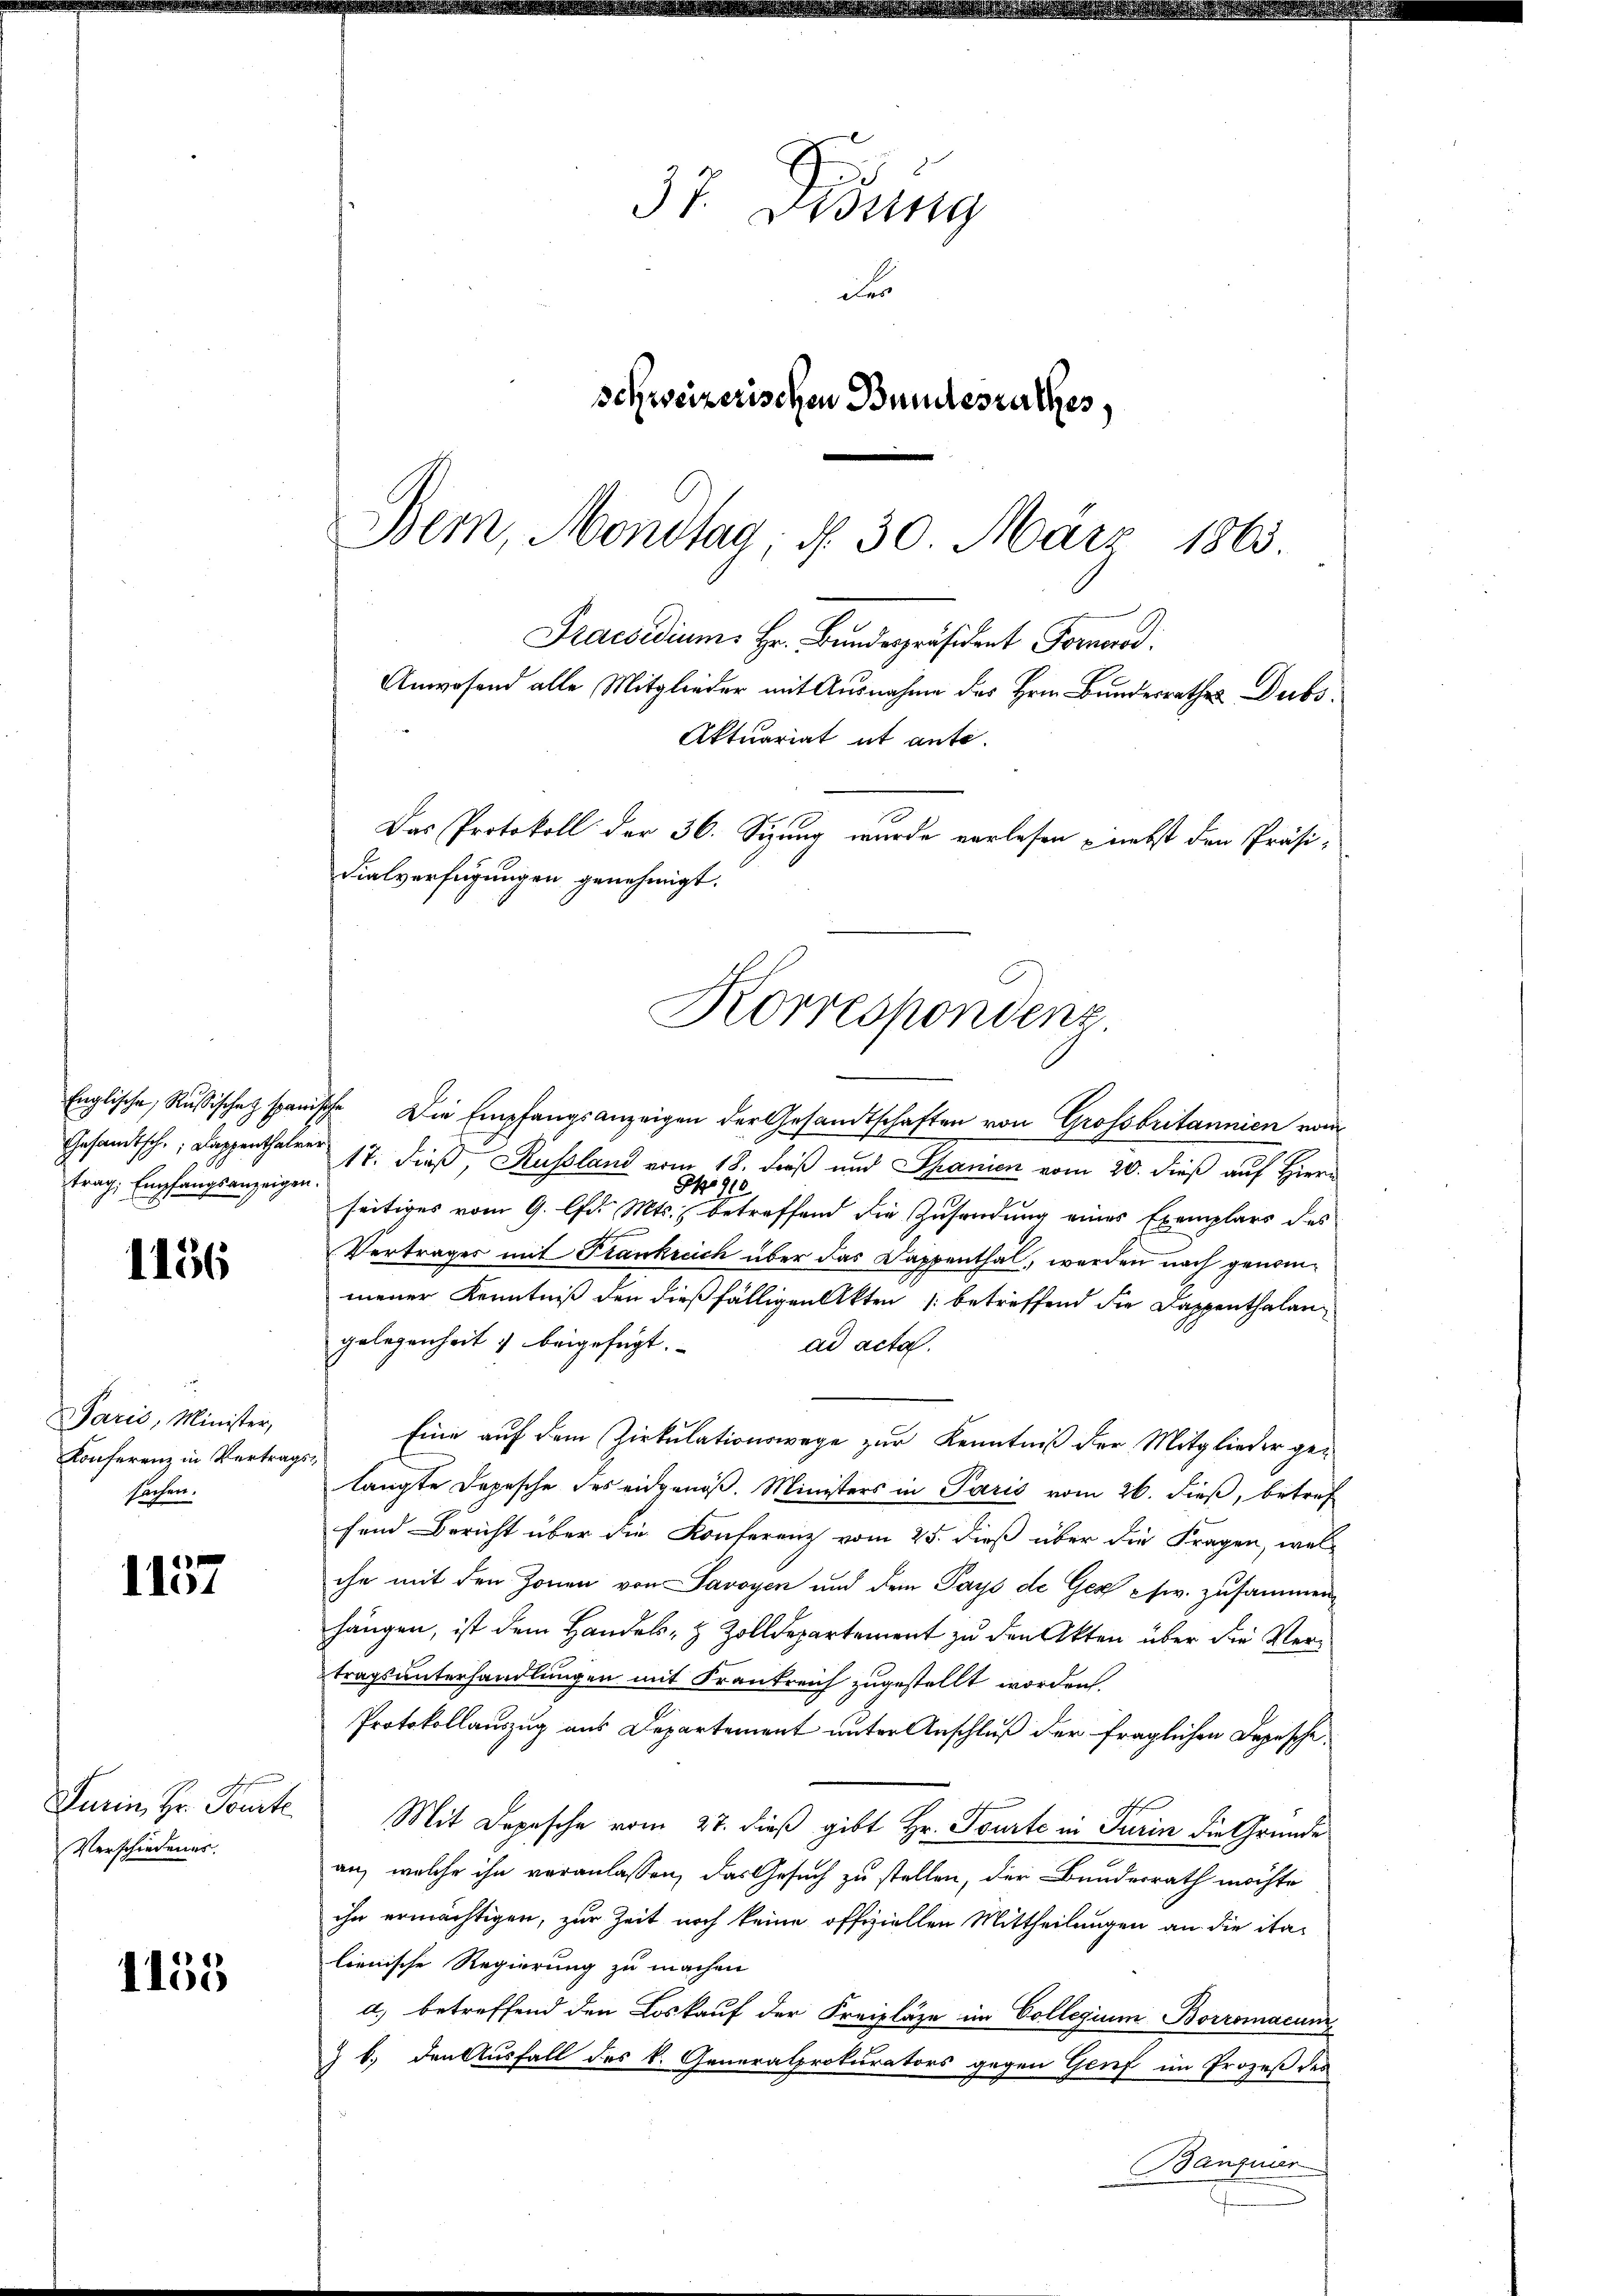
Englische Russische Z. spanis
Gesandtsch. Dappenthalen
trag, Empfangsanzeigen.

1156

Paris, Minister,
Konferenz in Vertrag
sachen.

1157

Turin, Hr. Toute.
Verschiedenes.

1155

37. Bösig
des
schweizerischen Bundesrathes,

Bern, Mondlag; d. 30. März 1863.
Praesidium. Hr. Bundespräsident Fornerod
Anwesend alle Mitglieder mit Ausnahme des Hrn. Bundesrathes Dubs
Aktuariat ut ante.
Das Protokoll der 36. Sizung wurde vorlesen - nebst den Präsi-
dialverfügungen genehmigt.
Korrespondenz

Ihr Die Empfangsanzeigen der Gesandtschaften von Grossbritannien vom
17. dieß, Russland vom 18. Fuß und Spanien vom 20. dieß auf Herrn
No 910
seitiges vom 9. lfd. Mts. betreffend die Zusendung eines Exemplars des
Vertrages mit Frankreich über das Dappenthal, werden nach genommener Kenntniß den dießfälligen Akten (betreffend die Dappenthalan-
gelegenheit & beigefügt.
ad acta.
Eine auf dem Zirkulationswege zur Kenntniß der Mitglieder gelangte Depesche des eidgenöß. Ministers in Paris vom 26. dieß, betref
fend Bericht über die Konferenz vom 25. dieß über die Fragen, welihe mit den Zonen von Savoyen und dem Pays de Gex pfw. zusammen
hängen, ist dem Handels- & Zolldepartement zu den Akten über die Vertragsunterhandlungen mit Frankreich zugestellt worden.
Protokollauszug aus Departement unter Anschluß der fraglichen Depesche
Mit Depesche vom 27. dieß gibt Hr. Tourte in Turin die Gründe
an, welche ihn veranlassen, das Gesuch zu stellen, der Bundesrath möchte
ihn ermächtigen, zur Zeit noch keine offiziellen Mittheilungen an die ita-
lienische Regierung zu machen
d) betreffend den Loskauf der Freipläge im Collegium Borromacum
Z b.) den Ausfall des k. Generalprokurators gegen Genf im Prozeß des
Bangier